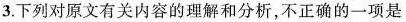
3.下列对原文有关内容的理解和分析,不正确的一项是